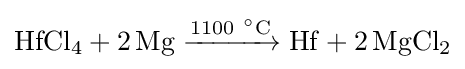
{\mathrm {HfCl} {\vphantom {A}}_{\smash[{t}]{4}}{}+{}2\,\mathrm {Mg} {}\mathrel {\xrightarrow {1100~{\vphantom {A}}^{\circ }{\text{C}}} } {}\mathrm {Hf} {}+{}2\,\mathrm {MgCl} {\vphantom {A}}_{\smash[{t}]{2}}}